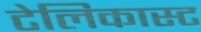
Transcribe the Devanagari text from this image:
टेलिकास्ट